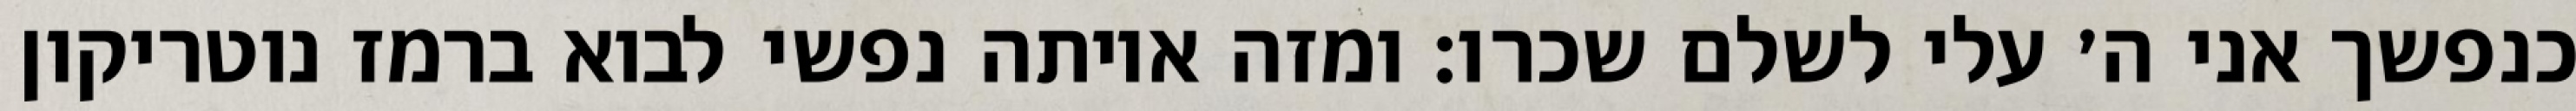
כנפשך אני ה׳ עלי לשלם שכרו: ומזה איותה נפשי לבוא ברמז נוטריקון